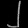
Digit: ၂